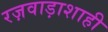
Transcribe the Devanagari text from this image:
रज़वाड़ाशाही